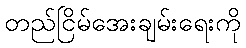
တည်ငြိမ်အေးချမ်းရေးကို